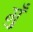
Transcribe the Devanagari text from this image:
गुँ